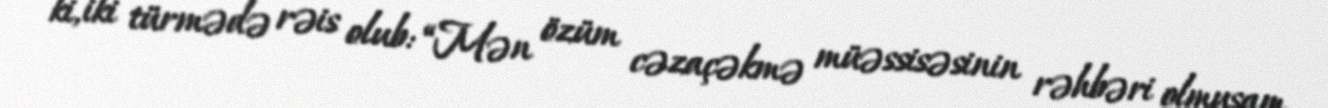
ki, iki türmədə rəis olub: “Mən özüm cəzaçəkmə müəssisəsinin rəhbəri olmuşam.